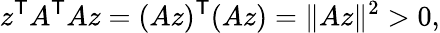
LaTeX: z^{\textsf{T}}A^{\textsf{T}}Az=(Az)^{\textsf{T}}(Az)=\| Az\| ^{2}>0,